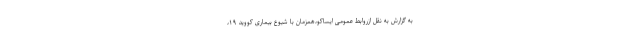
به گزارش به نقل ازروابط عمومی ایساکو،همزمان با شیوع بیماری کووید ۱۹،